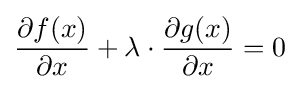
{\frac {\partial f(x)}{\partial x}}+\lambda \cdot {\frac {\partial g(x)}{\partial x}}=0